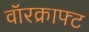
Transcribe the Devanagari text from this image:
वॉरक्राफ्ट